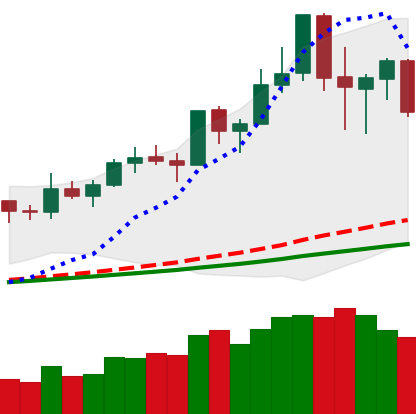
Ticker: NEO-USD
Chart end date: 2020-02-19
Forward return: -5.194%
Label: down_5_7